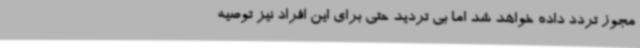
مجوز تردد داده خواهد شد اما بی تردید حتی برای این افراد نیز توصیه